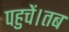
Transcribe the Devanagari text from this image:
पहुचें।तब